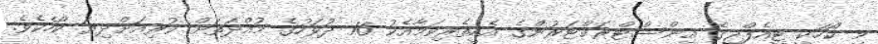
މި ކޯހަކީ ޓީއެފްޖީގެ އިންސްޓްރަކްޓަރުންގެ އެހީތެރިކަމާއެކު 16 ދުވަހުގެ މުއްދަތަށް ކުރިއަށްދިޔަ ކޯހެކެވެ.